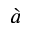
\grave { a }